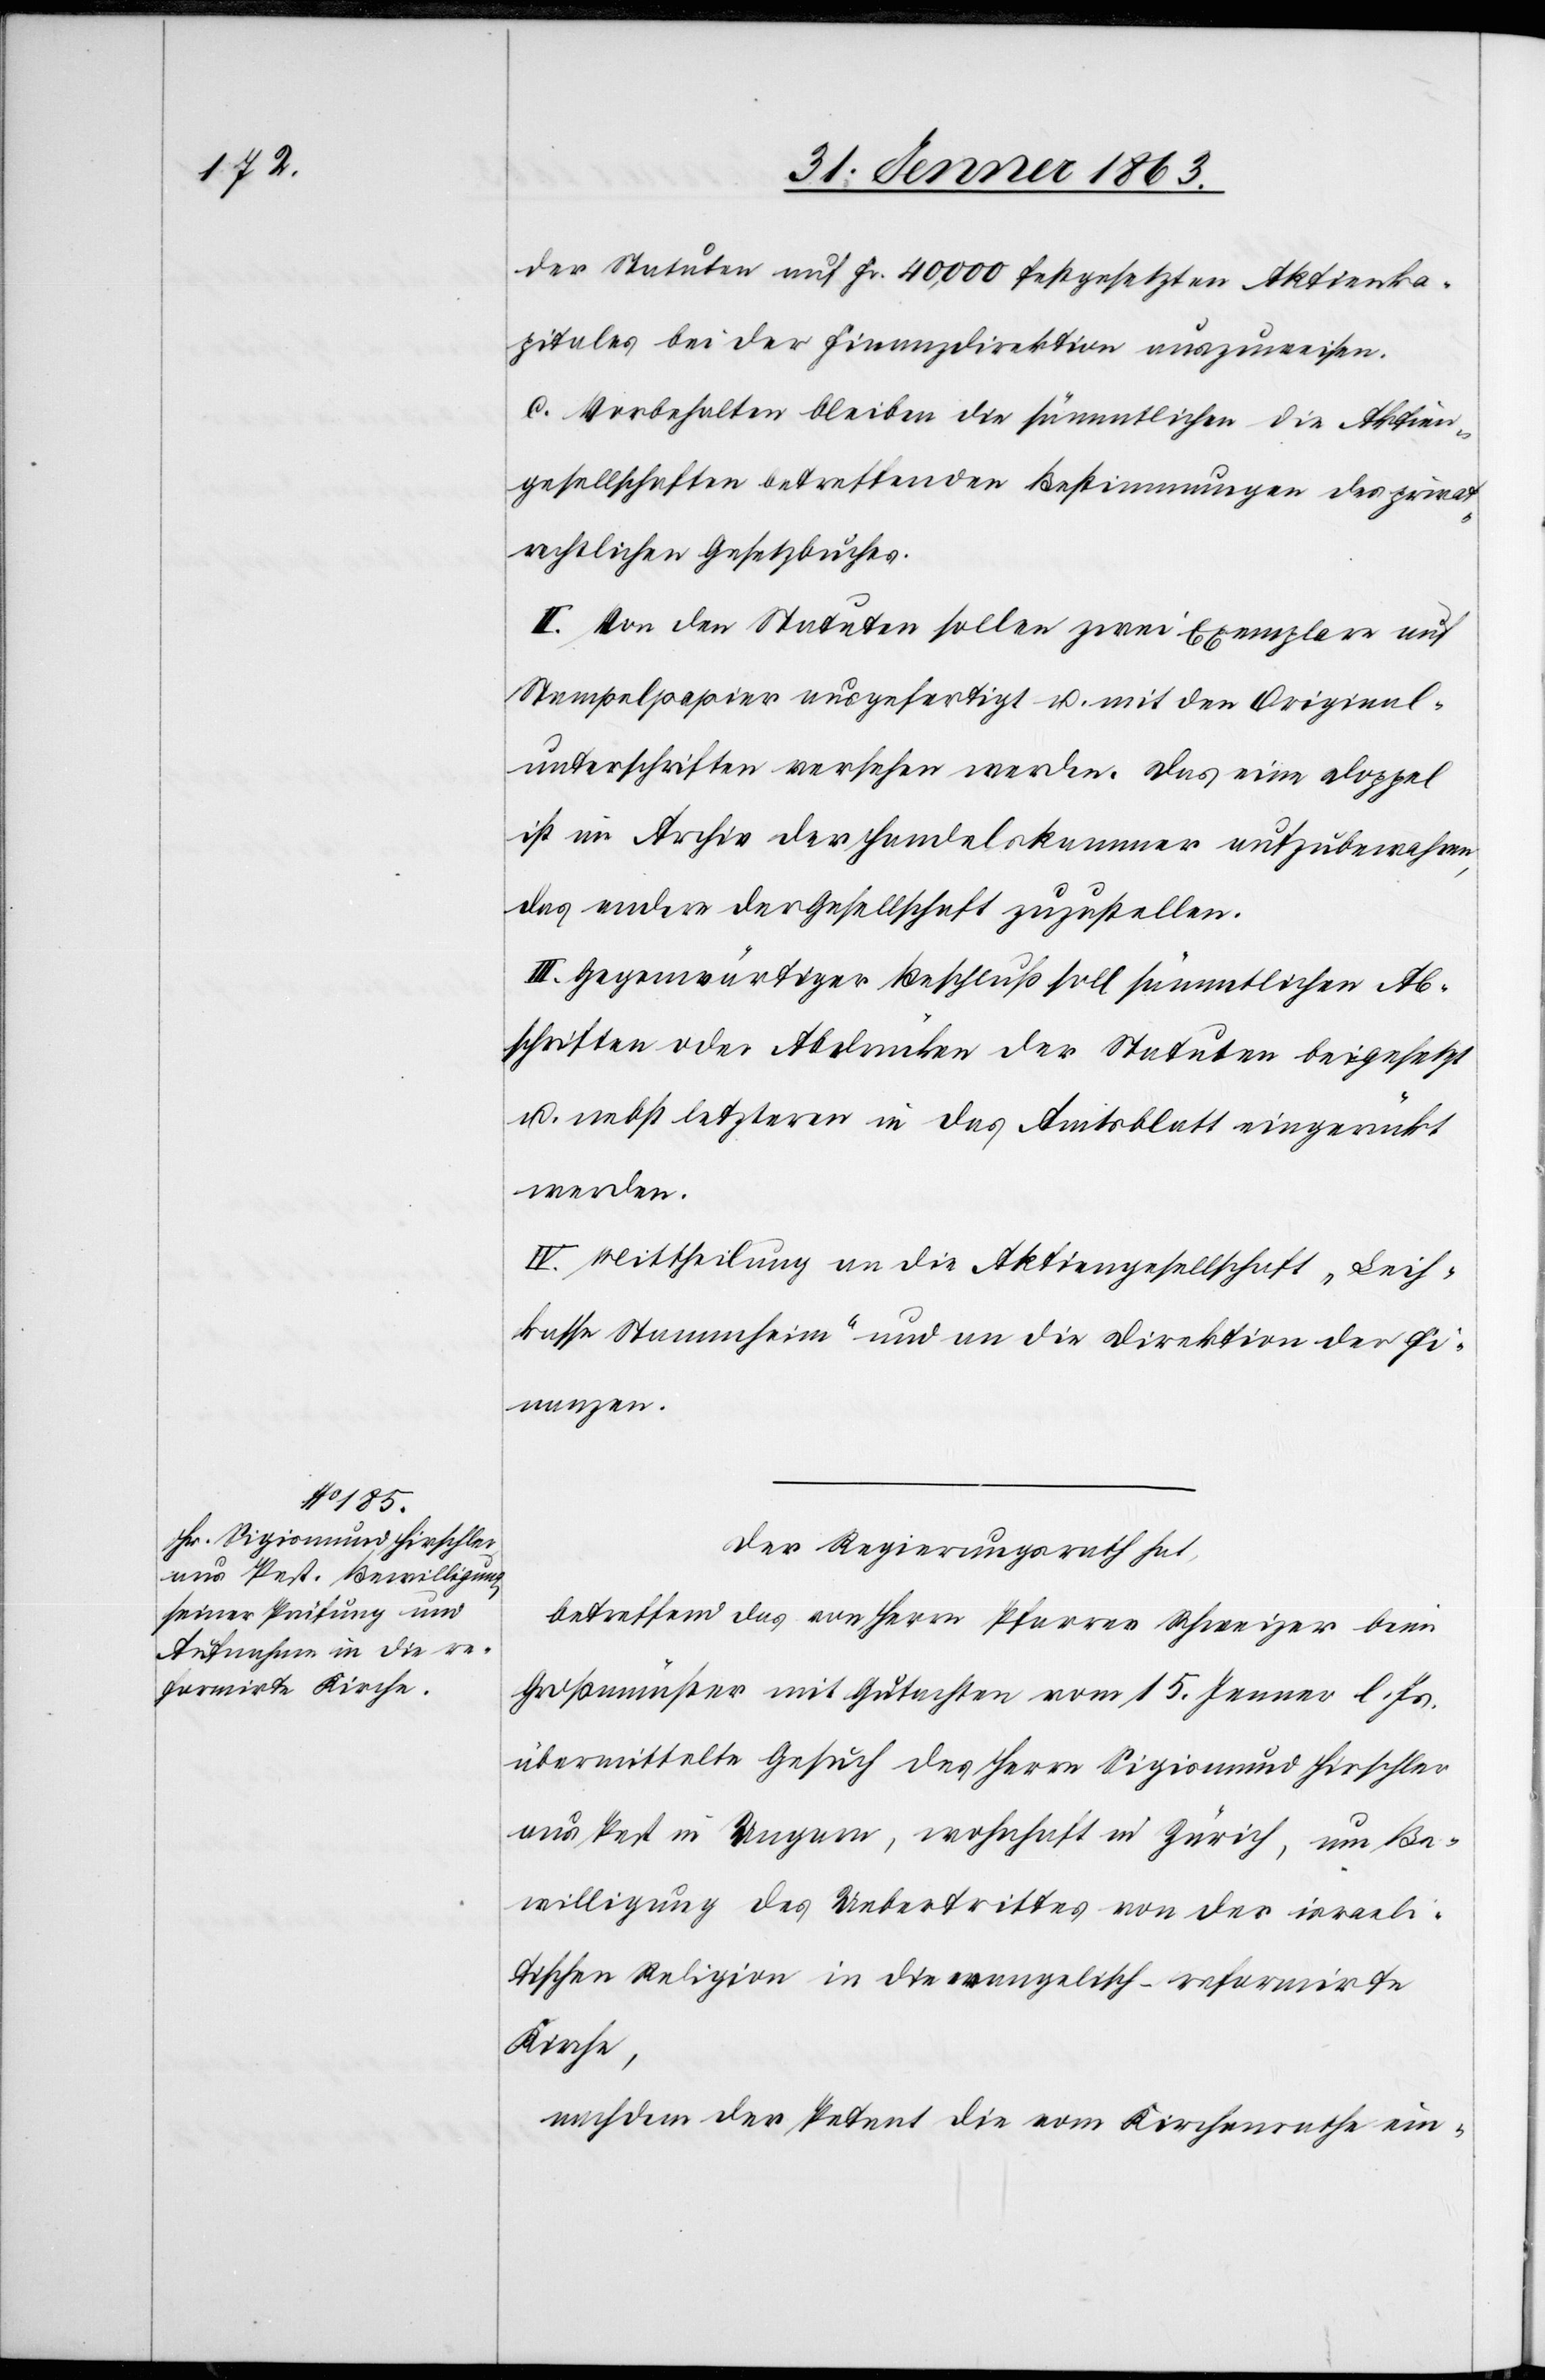
der Statuten auf Fr. 40,000 festgesetzten Aktienka¬
pitales bei der Finanzdirektion auszuweisen.
c. Vorbehalten bleiben die sämmtlichen die Aktien¬
gesellschaften betreffenden Bestimmungen des privat¬
rechtlichen Gesetzbuches.
II. Von den Statuten sollen zwei Exemplare auf
Stempelpapier ausgefertigt u. mit den Original¬
unterschriften versehen werden. Das eine Doppel
ist im Archiv der Handelskammer aufzubewahren,
das andere der Gesellschaft zuzustellen.
III. Gegenwärtiger Beschluß soll sämmtlichen Ab¬
schriften oder Abdrücken der Statuten beigesetzt
u. nebst letzteren in das Amtsblatt eingerückt
werden.
IV. Mittheilung an die Aktiengesellschaft „Leih¬
kasse Stammheim“ und an die Direktion der Fi¬
nanzen.
Der Regierungsrath hat,
betreffend das von Herrn Pfarrer Schweizer beim
Großmünster mit Gutachten vom 15. Jenner l. Js.
übermittelte Gesuch des Herrn Sigismund Hirschler
aus Pest in Ungarn, wohnhaft in Zürich, um Be¬
willigung des Uebertrittes von der israeli¬
tischen Religion in die evangelisch-reformirte
Kirche,
nachdem der Petent die vom Kirchenrathe ein-